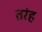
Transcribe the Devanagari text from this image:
तरंह